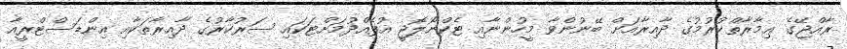
ރާއްޖޭގެ ޢިމާރާތްކުރުމުގެ ދާއިރާއަށް ބޭނުންވާ މީހުންނާއި ޓެކްނޯލޮޖީ އުފެއްދުމަށްޓަކައި ސަރުކާރުގެ ދާއިރާތަކާއި އިންޑަސްޓްރީއާ